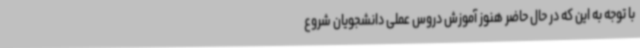
با توجه به این که در حال حاضر هنوز آموزش دروس عملی دانشجویان شروع